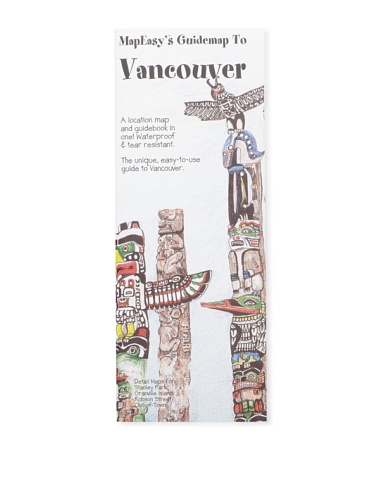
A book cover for MapEasy's Guidemap to Vancouver; MapEasy; Travel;